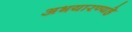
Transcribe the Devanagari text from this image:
अभयारण्यहे